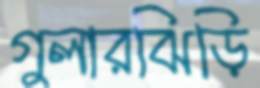
গুলারঝিড়ি